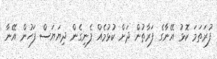
ފުރަތަމަ ކޮޅު އޭނާގެ ފަރާތުން ދަށް ކުޅުމެއް ފެނިގެން ދިޔަޔަސް ފަހުން އޭނާ